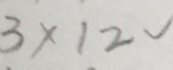
3 \times 1 2 √